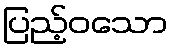
ပြည့်ဝသော